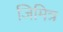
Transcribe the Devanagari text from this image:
जिमित्र